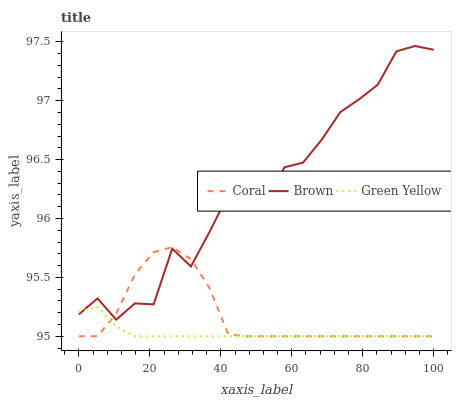
| xaxis_label | Coral | Brown | Green Yellow |
 | --- | --- | --- | --- |
 | 0 | 95 | 95.2 | 95.2 |
 | 5.26 | 95 | 95.3 | 95.2 |
 | 10.5 | 95.2 | 95.1 | 95.1 |
 | 15.8 | 95.5 | 95.3 | 95 |
 | 21.1 | 95.7 | 95.3 | 95 |
 | 26.3 | 95.8 | 95.7 | 95 |
 | 31.6 | 95.7 | 95.6 | 95 |
 | 36.8 | 95.4 | 95.9 | 95 |
 | 42.1 | 95 | 96.2 | 95 |
 | 47.4 | 95 | 96.1 | 95 |
 | 52.6 | 95 | 96.1 | 95 |
 | 57.9 | 95 | 96.4 | 95 |
 | 63.2 | 95 | 96.5 | 95 |
 | 68.4 | 95 | 96.7 | 95 |
 | 73.7 | 95 | 96.9 | 95 |
 | 78.9 | 95 | 97 | 95 |
 | 84.2 | 95 | 97.1 | 95 |
 | 89.5 | 95 | 97.4 | 95 |
 | 94.7 | 95 | 97.5 | 95 |
 | 100 | 95 | 97.4 | 95 |